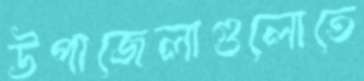
উপাজেলাগুলোতে